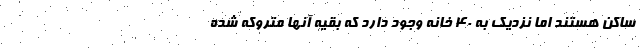
ساکن هستند اما نزدیک به ۴۰ خانه وجود دارد که بقیه آنها متروکه شده